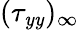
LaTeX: (\tau_{\mathit{y}\mathit{y}})_{\infty}